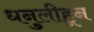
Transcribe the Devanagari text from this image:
धनुलीहून